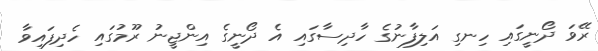
ރޭވަ ދޯނީގައި ހިނގި އަލިފާނުގެ ހާދިސާގައި އެ ދޯނީގެ އިންޖީނު ރޫމުގައި ހެދިފައިވާ